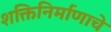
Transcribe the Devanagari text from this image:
शक्तिनिर्माणाचे